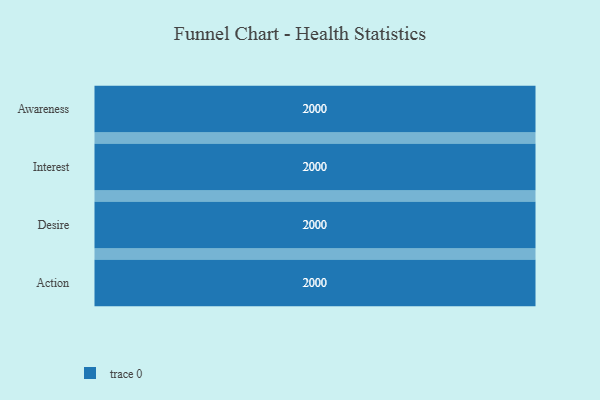
{"axis": {"x": "Stage", "y": "Value"}, "legend": [""], "data": [{"x": "Awareness", "y": 2000, "type": ""}, {"x": "Interest", "y": 2000, "type": ""}, {"x": "Desire", "y": 2000, "type": ""}, {"x": "Action", "y": 2000, "type": ""}]}